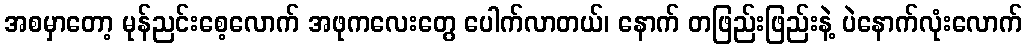
အစမှာတော့ မုန်ညင်းစေ့လောက် အဖုကလေးတွေ ပေါက်လာတယ်၊ နောက် တဖြည်းဖြည်းနဲ့ ပဲနောက်လုံးလောက်